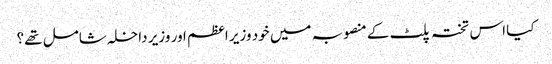
کیا اس تختہ پلٹ کے منصوبہ میں خود وزیر اعظم اور وزیر داخلہ شامل تھے؟